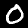
Digit: 0